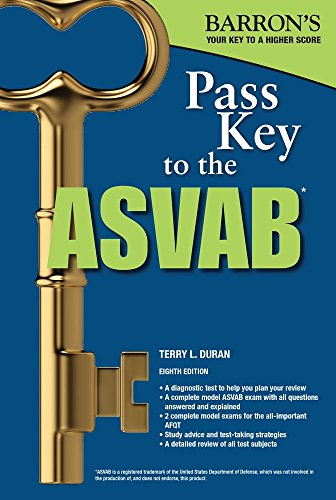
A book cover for Pass Key to the ASVAB, 8th Edition (Pass Key to the Asvab (Barron's)); Terry L. Duran; Test Preparation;